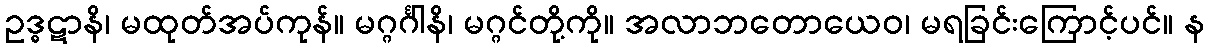
ဥဒ္ဓဋာနိ၊ မထုတ်အပ်ကုန်။ မဂ္ဂင်္ဂါနိ၊ မဂ္ဂင်တို့ကို။ အလာဘတောယေဝ၊ မရခြင်းကြောင့်ပင်။ န